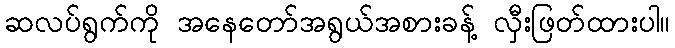
ဆလပ်ရွက်ကို အနေတော်အရွယ်အစားခန့် လှီးဖြတ်ထားပါ။